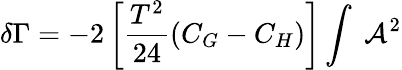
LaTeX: \delta\Gamma=-2\left[\frac{T^{2}}{24}(C_{G}-C_{H})\right]\int\; {\cal A}^{2}